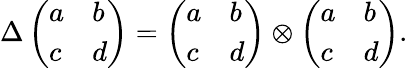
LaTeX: \Delta\left(\begin{array}{ll}{{a}}&{{b}}\\ {{c}}&{{d}}\end{array}\right)=\left(\begin{array}{ll}{{a}}&{{b}}\\ {{c}}&{{d}}\end{array}\right)\otimes\left(\begin{array}{ll}{{a}}&{{b}}\\ {{c}}&{{d}}\end{array}\right).